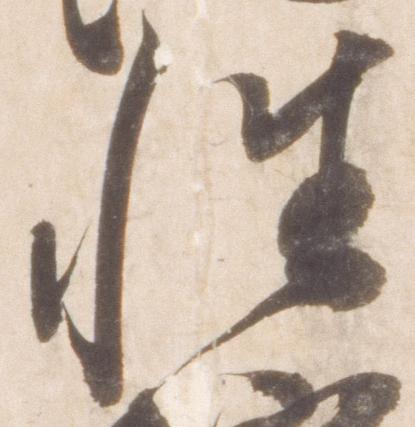
性